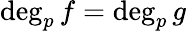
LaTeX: \deg_{p}f=\deg_{p}g